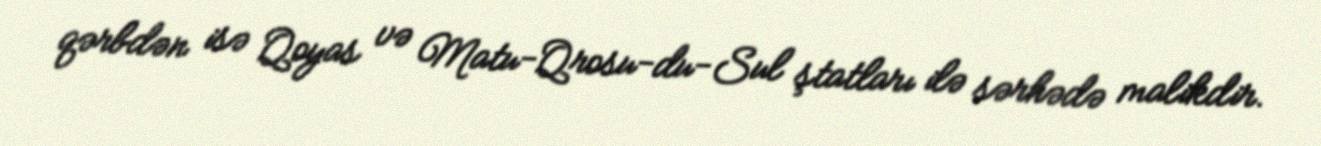
qərbdən isə Qoyas və Matu-Qrosu-du-Sul ştatları ilə sərhədə malikdir.